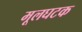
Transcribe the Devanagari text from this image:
मूलघटक